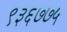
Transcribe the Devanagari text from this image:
९३६७७५